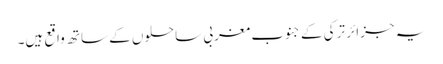
یہ جزائر ترکی کے جنوب مغربی ساحلوں کے ساتھ واقع ہیں۔